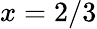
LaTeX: x=2/3